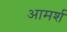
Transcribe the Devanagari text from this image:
आमर्श